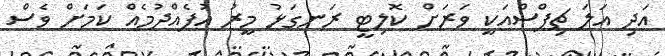
އަދި އަލަ ޗިޕްސްއަކީ ވަރަށް ކޮލިޓީ ރަނގަޅު މީރު އުފެއްދުމެއް ކަމަށް ވެސް